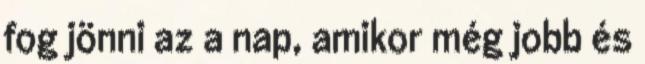
fog jönni az a nap, amikor még jobb és